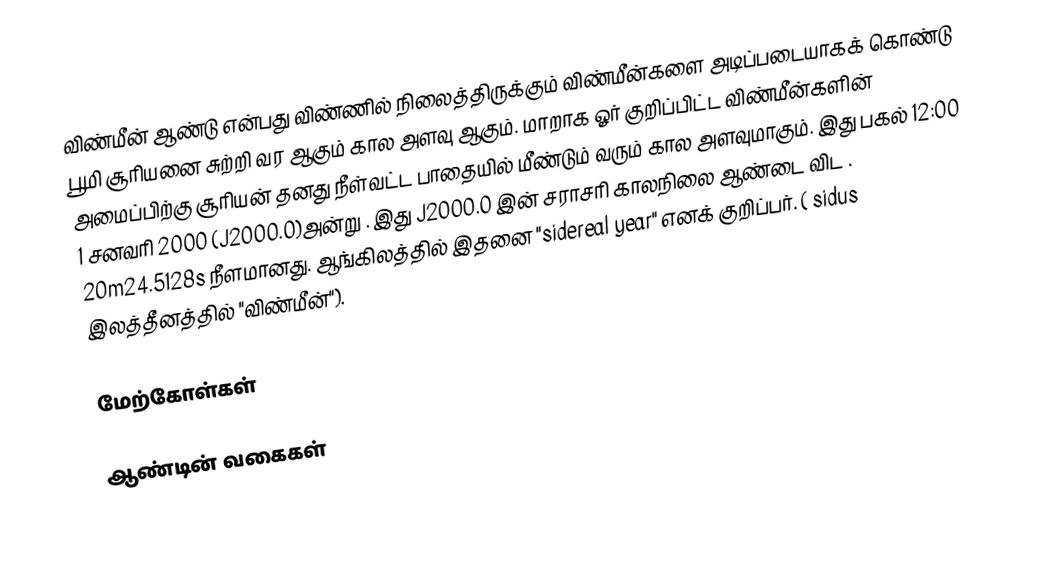
விண்மீன் ஆண்டு என்பது விண்ணில் நிலைத்திருக்கும் விண்மீன்களை அடிப்படையாகக் கொண்டு பூமி சூரியனை சுற்றி வர ஆகும் கால அளவு ஆகும். மாறாக ஓர் குறிப்பிட்ட விண்மீன்களின் அமைப்பிற்கு சூரியன் தனது நீள்வட்ட பாதையில் மீண்டும் வரும் கால அளவுமாகும். இது பகல் 12:00 1 சனவரி 2000 (J2000.0)அன்று  . இது  J2000.0 இன் சராசரி காலநிலை ஆண்டை விட  . 20m24.5128s நீளமானது. ஆங்கிலத்தில் இதனை "sidereal year"  எனக் குறிப்பர். ( sidus இலத்தீனத்தில் "விண்மீன்").

மேற்கோள்கள்

ஆண்டின் வகைகள்